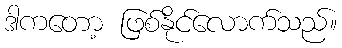
ဒါကတော့ ဖြစ်နိုင်လောက်သည်။